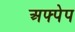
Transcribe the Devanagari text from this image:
अफ्पेप